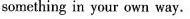
something in your own way.